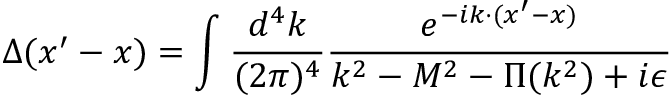
\Delta ( x ^ { \prime } - x ) = \int \frac { d ^ { 4 } k } { ( 2 \pi ) ^ { 4 } } \frac { e ^ { - i k \cdot ( x ^ { \prime } - x ) } } { k ^ { 2 } - M ^ { 2 } - \Pi ( k ^ { 2 } ) + i \epsilon }